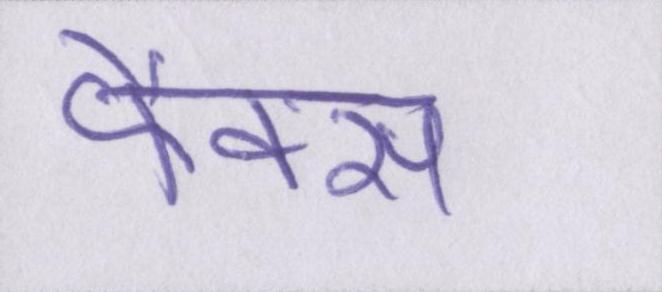
फैक्स